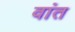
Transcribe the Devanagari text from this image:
वांत